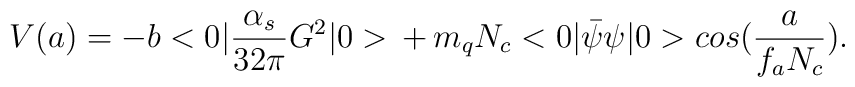
V(a )=-b<0|{\alpha  _s  \over {32 \pi }}G^2|0>\, + \,m_q N_c<0|\bar \psi \psi  |0> cos ({a \over {f_a N_c}}).